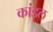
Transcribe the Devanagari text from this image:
कांडल